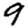
Digit: 9